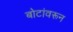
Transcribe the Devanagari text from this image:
बोटांवरून